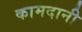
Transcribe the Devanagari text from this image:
कामदानी